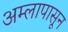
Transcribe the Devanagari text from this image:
अम्लापासून